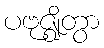
ပဗုဇ္ဈိတွာ